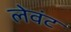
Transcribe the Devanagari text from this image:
लेवंट